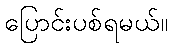
ပြောင်းပစ်ရမယ်။